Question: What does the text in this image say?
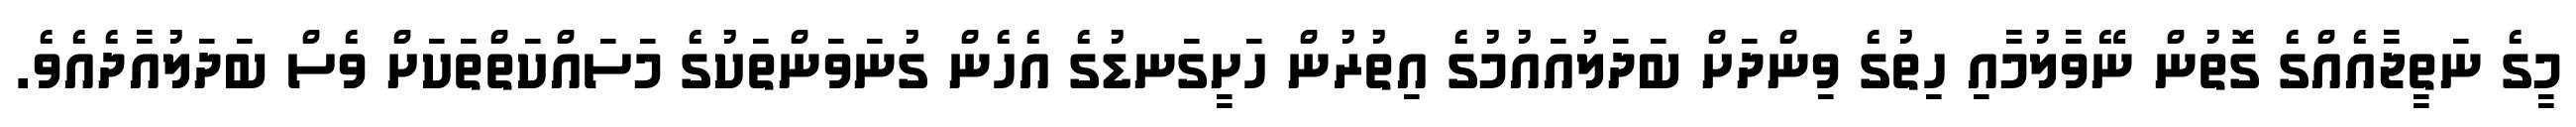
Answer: މީގެ ނަތީޖާއެއްގެ ގޮތުން ނޭވާލުމާއި ހިތުގެ ވިންދަށް ބަދަލުއައުމުގެ އިތުރުން ހަށީގަނޑުގެ އެހެން ގުނަވަންތަކުގެ މަސައްކަތްތަކަށް ވެސް ބަދަލުއާދެއެވެ.